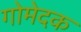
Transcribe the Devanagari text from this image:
गोमेदक